Vital statistics of India. Vol. V, Reports of 1876 on armies & jails and on epidemic cholera
Year: 1876
Disease focus: Cholera
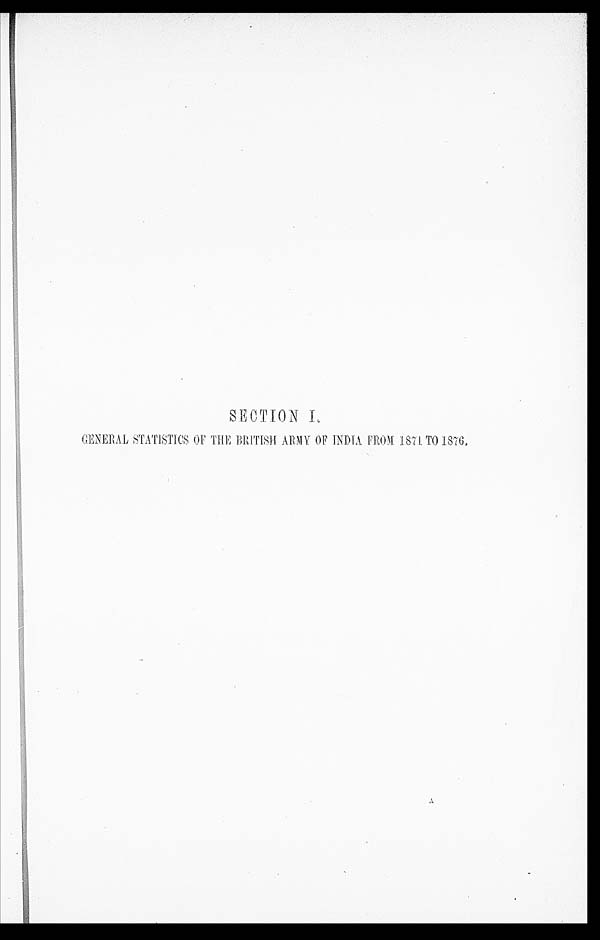
SECTION
I.
GENERAL STATISTICS OF THE BRITISH ARMY OF INDIA FROM 1871 TO 1876.
A